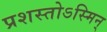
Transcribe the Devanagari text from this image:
प्रशस्तोऽस्मिन्